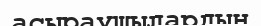
асыраушылардың